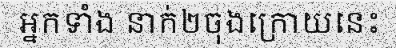
អ្នកទាំង នាក់២ចុងក្រោយនេះ